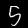
Digit: 5